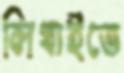
লিখাইতে